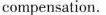
compensation.